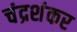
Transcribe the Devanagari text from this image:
चंद्रशंकर